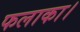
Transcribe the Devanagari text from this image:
फलाका।